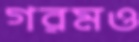
গরমও